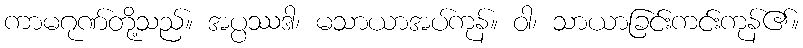
ကာမဂုဏ်တို့သည်။ အပ္ပဿဒါ၊ မသာယာအပ်ကုန်။ ဝါ၊ သာယာခြင်းကင်းကုန်၏။